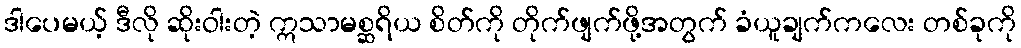
ဒါပေမယ့် ဒီလို ဆိုးဝါးတဲ့ ဣသာမစ္ဆရိယ စိတ်ကို တိုက်ဖျက်ဖို့အတွက် ခံယူချက်ကလေး တစ်ခုကို